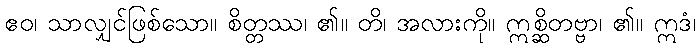
ဧဝ၊ သာလျှင်ဖြစ်သော။ စိတ္တဿ၊ ၏။ တိ၊ အလားကို။ ဣစ္ဆိတဗ္ဗာ၊ ၏။ ဣဒံ၊